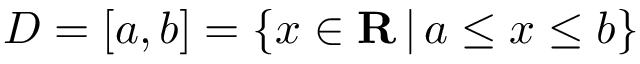
D = [ a , b ] = \{ x \in \mathbf { R } \, | \, a \leq x \leq b \} \quad